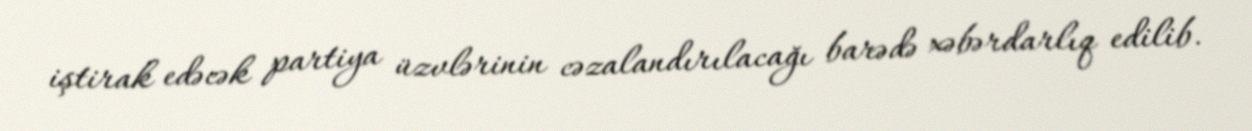
iştirak edəcək partiya üzvlərinin cəzalandırılacağı barədə xəbərdarlıq edilib.